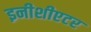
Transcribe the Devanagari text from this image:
इनीशीएटर